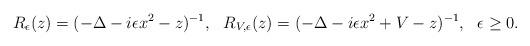
LaTeX: \begin{align*}R_\epsilon ( z ) = ( - \Delta - i \epsilon x^2 - z )^{-1} , \ \ R_{V , \epsilon } ( z ) = ( - \Delta - i \epsilon x^2 + V - z )^{-1} , \ \ \epsilon \geq 0 . \end{align*}